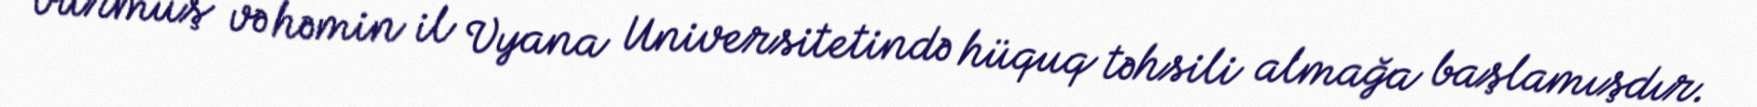
vurmuş və həmin il Vyana Universitetində hüquq təhsili almağa başlamışdır.